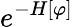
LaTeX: e^{-H[\varphi]}